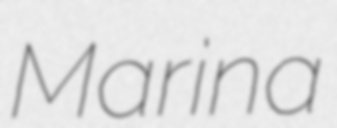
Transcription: Marina